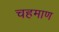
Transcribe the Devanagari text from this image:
चहमाण